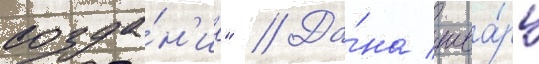
созда́н'ие" // Да́на шва́рц